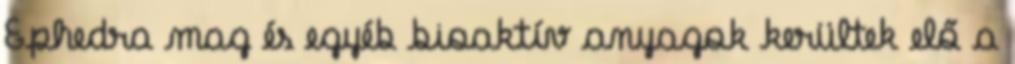
Ephedra mag és egyéb bioaktív anyagok kerültek elő a